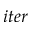
i t e r